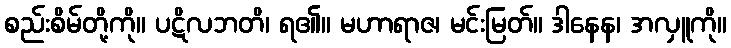
စည်းစိမ်တို့ကို။ ပဋိလဘတိ၊ ရ၏။ မဟာရာဇ၊ မင်းမြတ်။ ဒါနေန၊ အလှူကို။